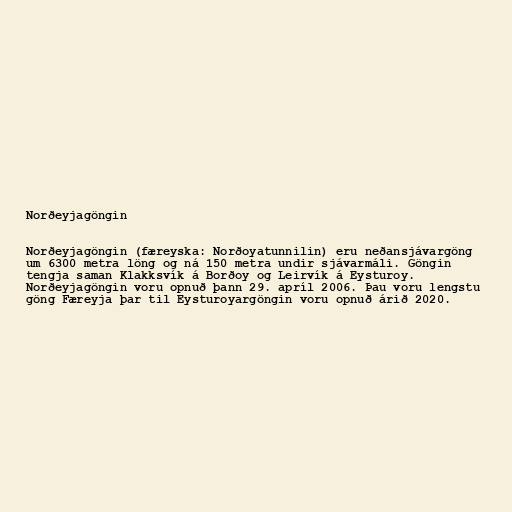
Norðeyjagöngin

Norðeyjagöngin (færeyska: Norðoyatunnilin) eru neðansjávargöng
um 6300 metra löng og ná 150 metra undir sjávarmáli. Göngin
tengja saman Klakksvík á Borðoy og Leirvík á Eysturoy.
Norðeyjagöngin voru opnuð þann 29. apríl 2006. Þau voru lengstu
göng Færeyja þar til Eysturoyargöngin voru opnuð árið 2020.